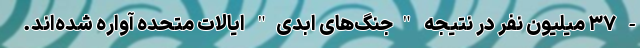
- ۳۷ میلیون نفر در نتیجه "جنگ‌های ابدی" ایالات متحده آواره شده‌اند.